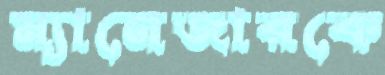
ম্যানেজারকে